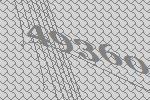
49360